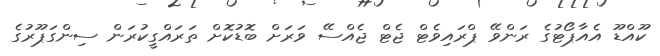
ކޫއްޑޫ އެއާޕޯޓުގެ ރަންވޭ ޕްރައިވެޓް ޖެޓް ޖެއްސޭ ވަރަށް ބޮޑުކޮށް ތަރައްގީކުރަން ސިންގަޕޫރުގެ